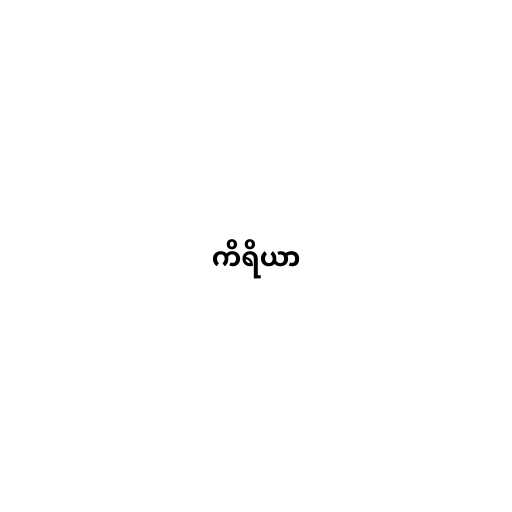
ကိရိယာ